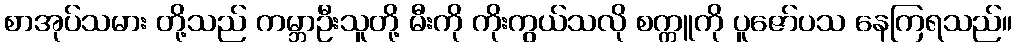
စာအုပ်သမား တို့သည် ကမ္ဘာဦးသူတို့ မီးကို ကိုးကွယ်သလို စက္ကူကို ပူဇော်ပသ နေကြရသည်။